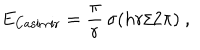
E _ { \mathrm { C a s i m i r } } = { \frac { \pi } { r } } \, \sigma ( { h r / 2 \pi } ) \ ,